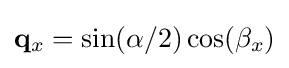
\mathbf {q} _{x}=\sin(\alpha /2)\cos(\beta _{x})